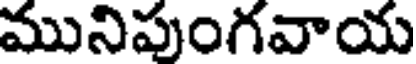
మునిపుంగవాయ